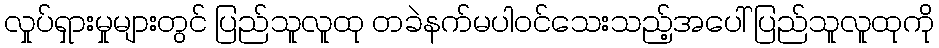
လှုပ်ရှားမှုများတွင် ပြည်သူလူထု တခဲနက်မပါဝင်သေးသည့်အပေါ် ပြည်သူလူထုကို